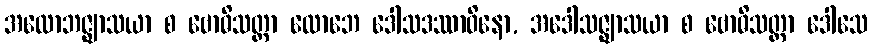
အလောဘဇ္ဈာသယာ စ ဗောဓိသတ္တာ လောဘေ ဒေါသဒဿာဝိနော, အဒေါသဇ္ဈာသယာ စ ဗောဓိသတ္တာ ဒေါသေ